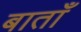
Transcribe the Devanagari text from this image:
बाताँ